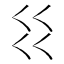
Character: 𰀱